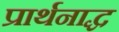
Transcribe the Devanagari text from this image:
प्रार्थनाद्ध